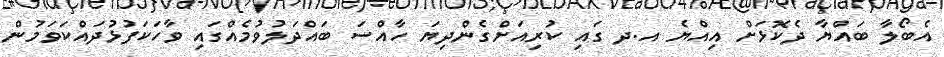
އެބޯލާ ބައްޔާ ދެކޮޅަށް އިއްޔެ އ.ދ ގައި ކުރިއަށްގެންދިޔަ ހާއްސަ ބައްދަލުވުމެއްގައި ވާހަކަފުޅުދައްކަވަމުން